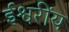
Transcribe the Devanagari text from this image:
ईश्वरींय